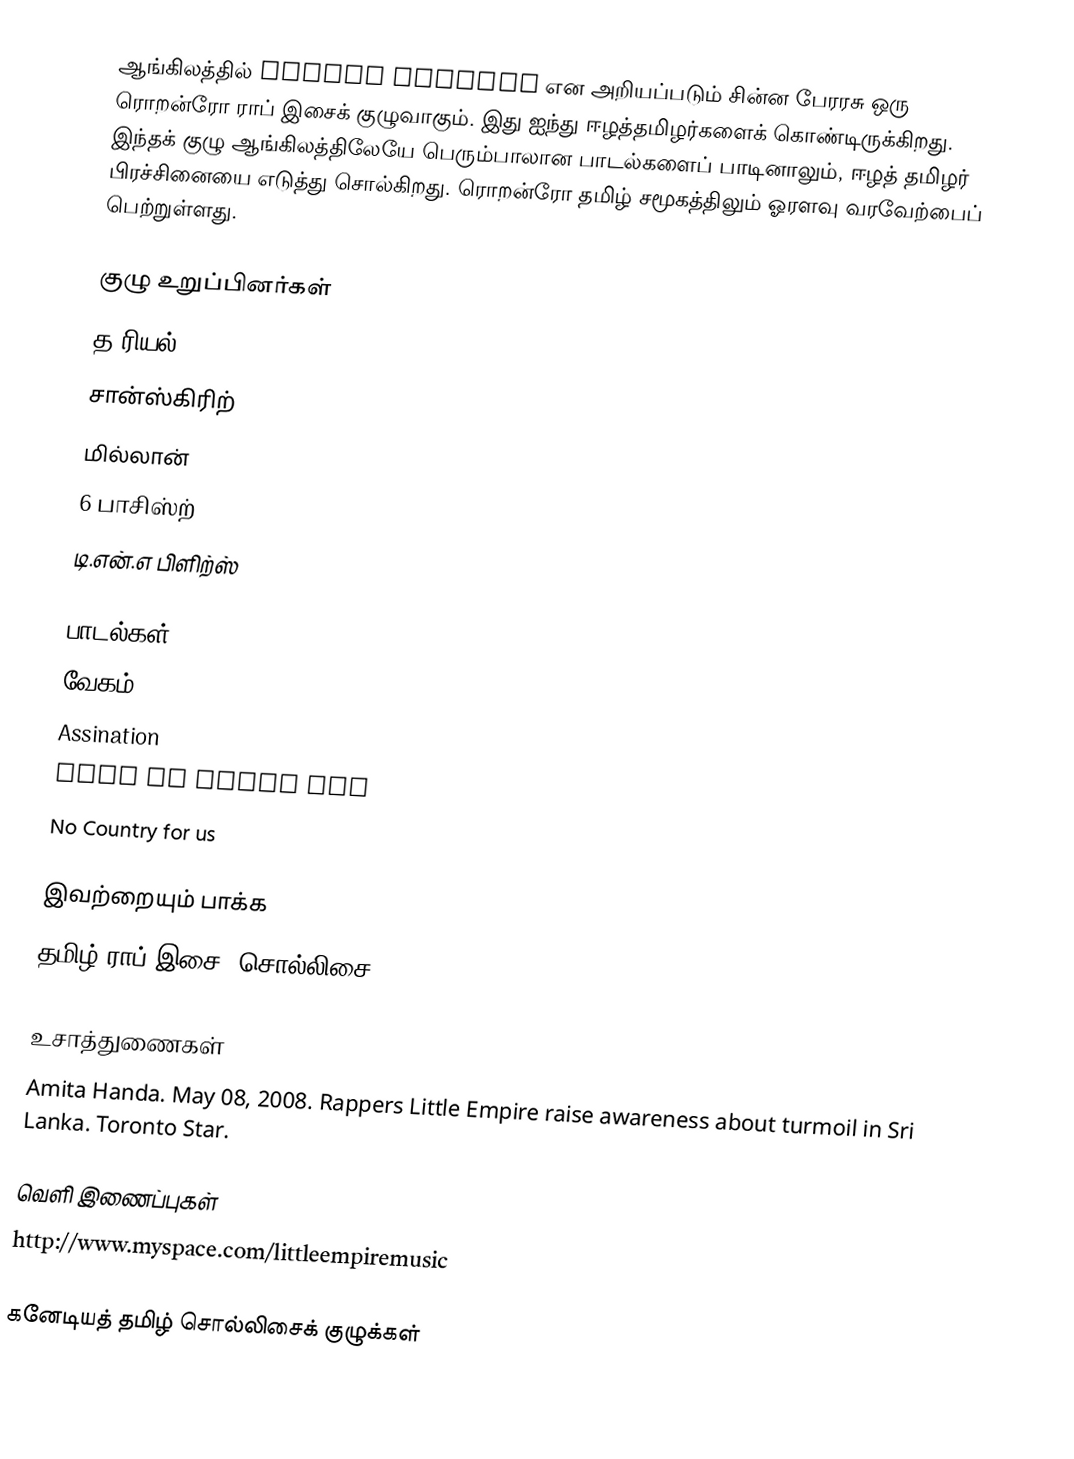
ஆங்கிலத்தில் Little Empires என அறியப்படும் சின்ன பேரரசு ஒரு ரொறன்ரோ ராப் இசைக் குழுவாகும்.  இது ஐந்து ஈழத்தமிழர்களைக் கொண்டிருக்கிறது.  இந்தக் குழு ஆங்கிலத்திலேயே பெரும்பாலான பாடல்களைப் பாடினாலும், ஈழத் தமிழர் பிரச்சினையை எடுத்து சொல்கிறது.  ரொறன்ரோ தமிழ் சமூகத்திலும் ஓரளவு வரவேற்பைப் பெற்றுள்ளது.

குழு உறுப்பினர்கள்
 த ரியல்
 சான்ஸ்கிரிற்
 மில்லான்
 6 பாசிஸ்ற்
 டி.என்.எ பிளிற்ஸ்

பாடல்கள்
 வேகம்
 Assination
 Pain is power mix
 No Country for us

இவற்றையும் பாக்க
 தமிழ் ராப் இசை (சொல்லிசை)

உசாத்துணைகள்
 Amita Handa. May 08, 2008. Rappers Little Empire raise awareness about turmoil in Sri Lanka.  Toronto Star.

வெளி இணைப்புகள்
 http://www.myspace.com/littleempiremusic

கனேடியத் தமிழ் சொல்லிசைக் குழுக்கள்